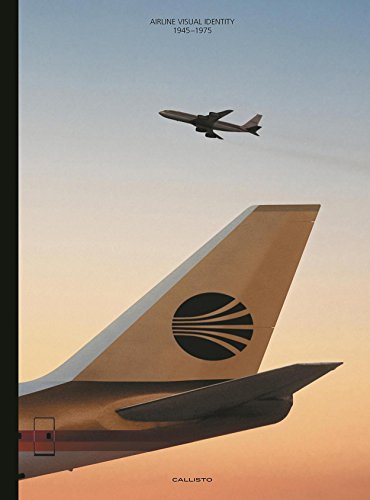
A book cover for Airline Visual Identity: 1945-1975; M.C. Huhne; Engineering & Transportation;